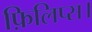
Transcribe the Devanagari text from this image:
फ़िलिप्स।